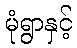
မုံရွာနှင့်